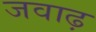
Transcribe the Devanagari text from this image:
जवाढ़